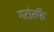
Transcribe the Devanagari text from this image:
गटांतर्फे